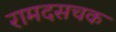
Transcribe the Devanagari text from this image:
रामदसचक